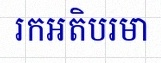
រកអតិបរមា